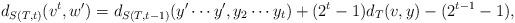
LaTeX: \begin{align*}d_{S(T,t)}(v^t,w')=d_{S(T,t-1)}(y'\cdots y',y_{2}\cdots y_t)+(2^{t}-1)d_T(v,y)-(2^{t-1}-1),\end{align*}